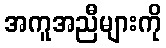
အကူအညီများကို